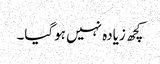
کچھ زیادہ نہیں ہوگیا۔